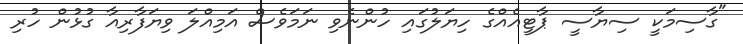
"ގާސިމަކީ ސިޔާސީ ޕާޓީއެއްގެ ހިޔަލުގައި ހުންނެވި ނަމަވެސް އަމިއްލަ ވިޔަފާރިއާ ގުޅުން ހުރި